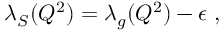
\lambda _ { S } ( Q ^ { 2 } ) = \lambda _ { g } ( Q ^ { 2 } ) - \epsilon \; ,